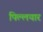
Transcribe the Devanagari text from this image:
पिल्लयार